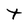
Character: t